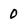
Character: 0